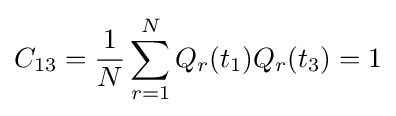
C_{13}={\frac {1}{N}}\sum _{r=1}^{N}Q_{r}(t_{1})Q_{r}(t_{3})=1